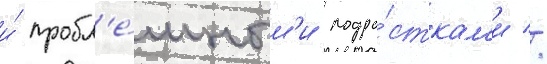
и́ пробл'е́мным'и подро́сткам'и //